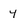
Character: y